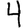
Digit: 4